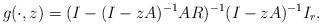
LaTeX: \begin{align*} &g(\cdot, z)=(I-(I-zA)^{-1}AR)^{-1}(I-zA)^{-1}I_r.\end{align*}